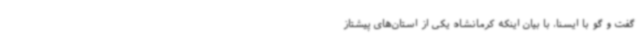
گفت و گو با ایسنا، با بیان اینکه کرمانشاه یکی از استان‌های پیشتاز